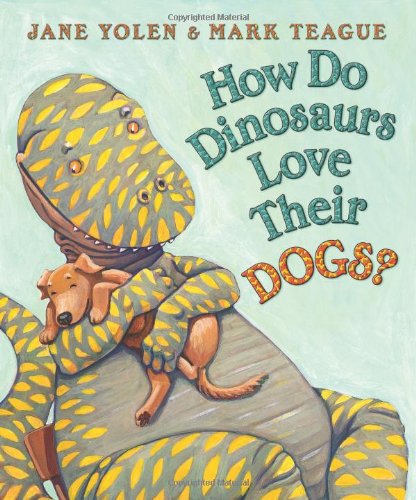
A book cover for How Do Dinosaurs Love Their Dogs?; Jane Yolen; Children's Books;